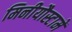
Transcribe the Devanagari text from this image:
मिनीयौस्टामें